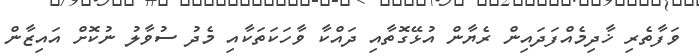
ވަފާތެރި ޚާދިމެއްފަދައިން ރެޔާން އުޅޭގޮތާއި ދައްކާ ވާހަކަތަކާއި މެދު ސުވާލު ނުކޮށް އައިޒާން